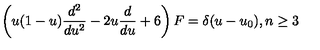
\left( u ( 1 - u ) \frac { d ^ { 2 } } { d u ^ { 2 } } - 2 u \frac { d } { d u } + 6 \right) F = \delta ( u - u _ { 0 } ) , n \geq 3